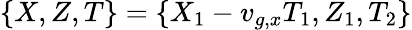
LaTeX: \{ X,Z,T\} =\{ X_{1}-v_{g,x}T_{1},Z_{1},T_{2}\}